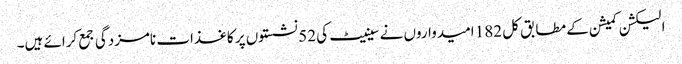
الیکشن کمیشن کے مطابق کل 182 امیدواروں نے سینیٹ کی 52 نشستوں پر کاغذات نامزدگی جمع کرائے ہیں۔